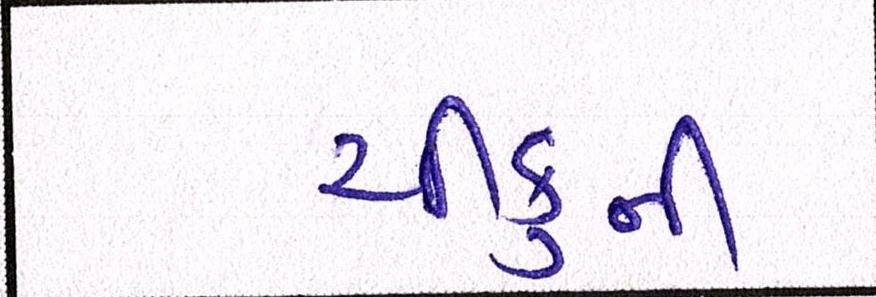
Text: ચીકુની